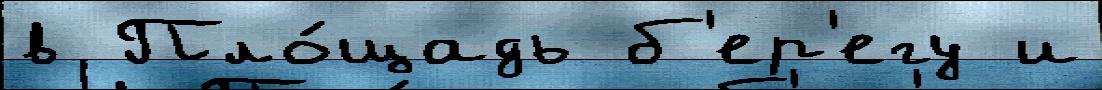
в Пло́щадь б'ер'егу и